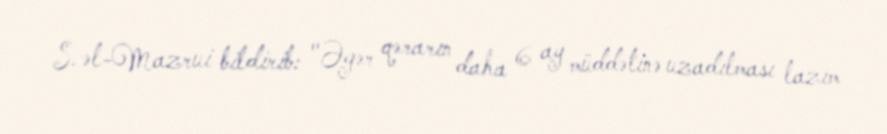
S. əl-Mazrui bildirib: "Əgər qərarın daha 6 ay müddətinə uzadılması lazım